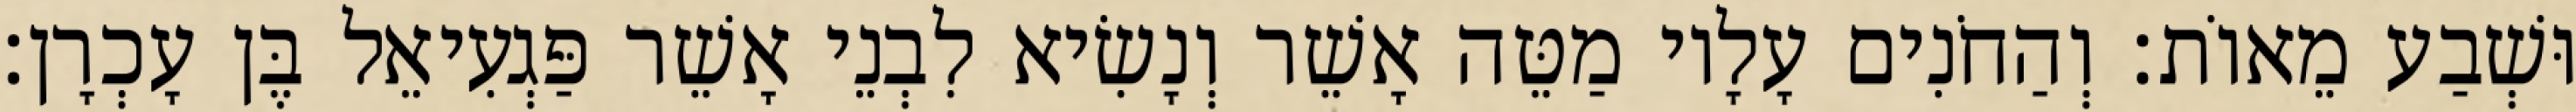
וּשְׁבַע מֵאוֹת׃ וְהַחֹנִים עָלָיו מַטֵּה אָשֵׁר וְנָשִׂיא לִבְנֵי אָשֵׁר פַּגְעִיאֵל בֶּן עָכְרָן׃